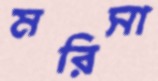
মরিসা